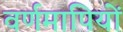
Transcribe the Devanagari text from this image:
वर्णमापियों